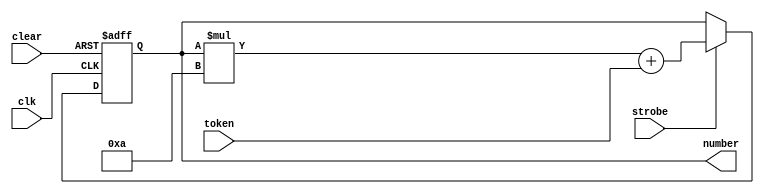
//////////////////////////////////////////////////////////////////////////////////////////////////////////
//
//
//
// Module Name:    NumberBuilder
// Project Name:   VGAStackCalculator
// Description:    Builds a number from sequence of digits
//
//////////////////////////////////////////////////////////////////////////////////////////////////////////

// ==============================================================================================
//                                             Define Module
// ==============================================================================================
module NumberBuilder(
    input             clk,
    input [3:0]       token,
    input             strobe,
    input             clear,
    output reg [31:0] number
);

// ==============================================================================================
//                                                 Implementation
// ==============================================================================================
always@(posedge clk or posedge clear) begin
    if (clear)
        number <= 0;        
    else if (strobe) begin                            // If receiver enabled
        number = (number * 4'b1010) + token;          // build a number
    end
end
endmodule